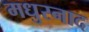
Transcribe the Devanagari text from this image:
मधुरनाद